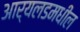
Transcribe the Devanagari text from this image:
आर्यलडमधील